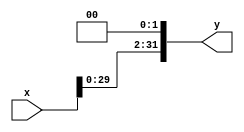
module shift_left_32bits(
					output [31:0]y,
					input [31:0]x);
	
	assign y=x<<2;
endmodule

/*---------------------------------------------*/
module testbench_shift_left_32bits();
	reg [31:0]x;
	wire [31:0]y;
		
	shift_left_32bits my_shift_left_32bits(y,x);
	
	initial begin	
			x=32'h 2;
			
			$monitor("%h",y);
	end
endmodule